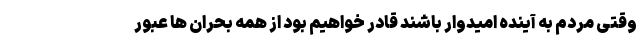
وقتی مردم به آینده امیدوار باشند قادر خواهیم بود از همه بحران ها عبور